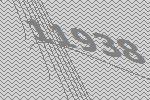
11938